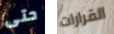
حتى القرارات